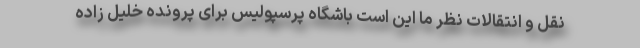
نقل و انتقالات نظر ما این است باشگاه پرسپولیس برای پرونده خلیل زاده